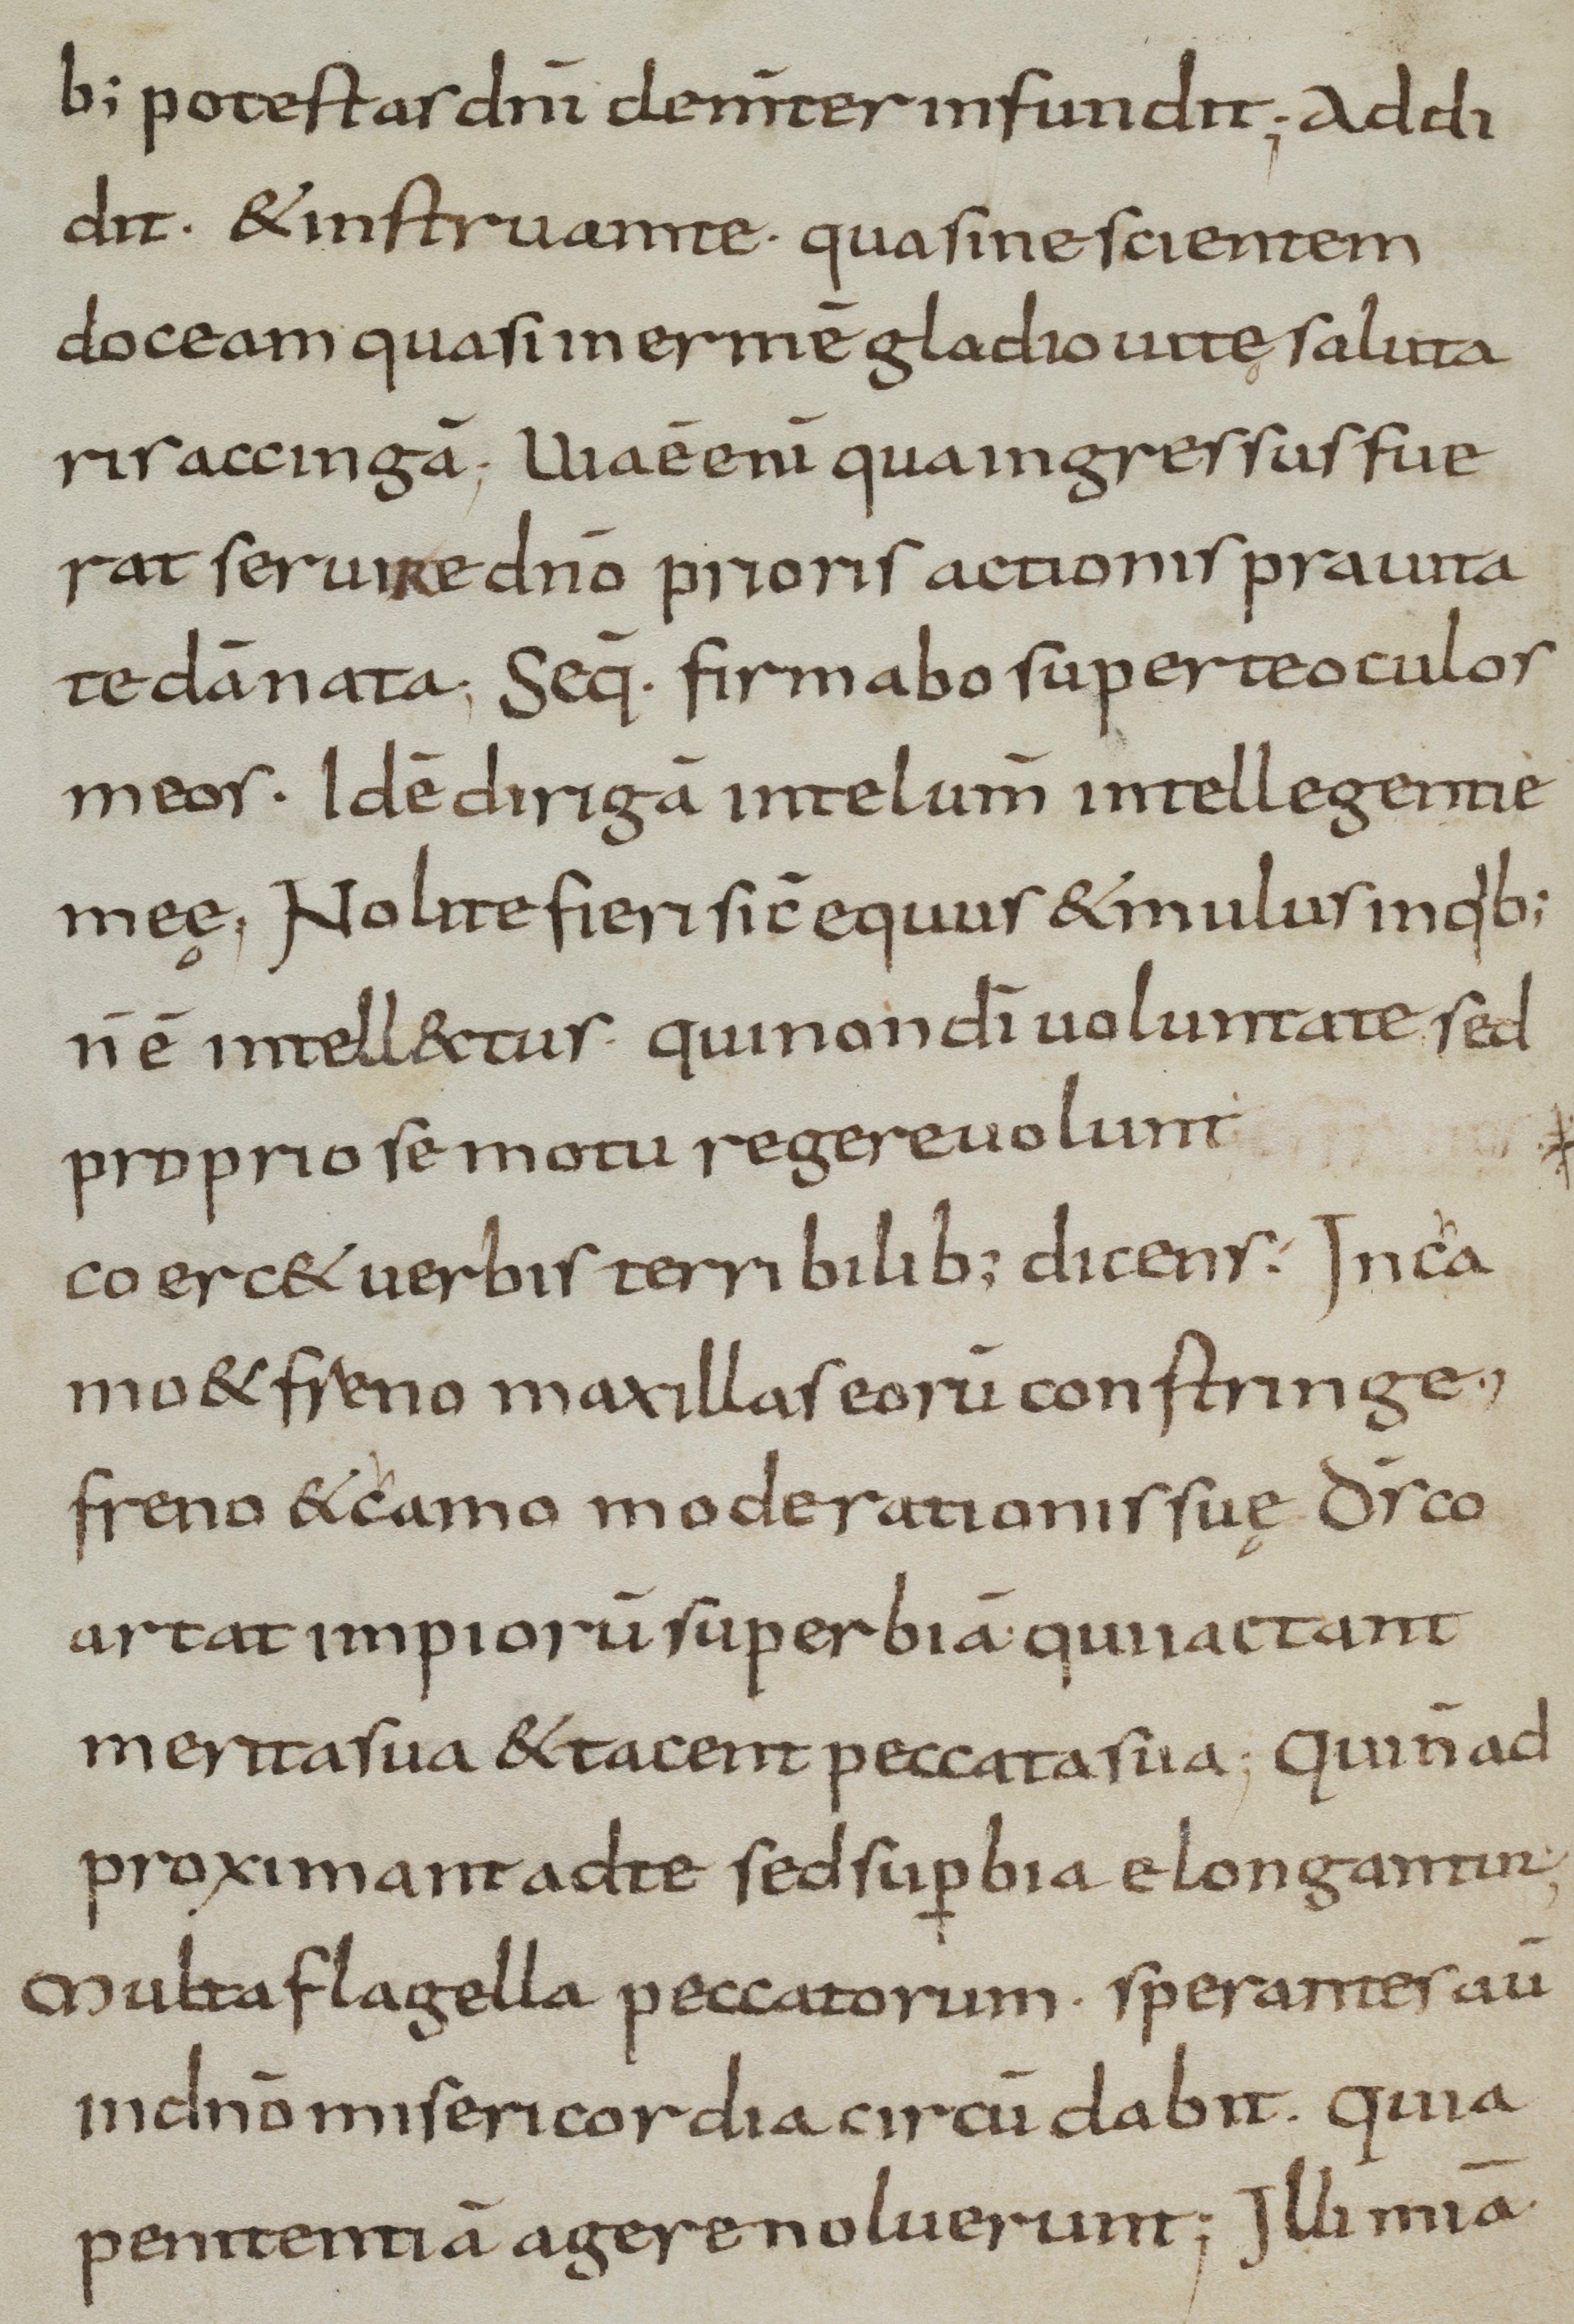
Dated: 900–999